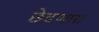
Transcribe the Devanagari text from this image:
छेदणारा